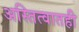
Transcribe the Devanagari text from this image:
अस्तित्वातही